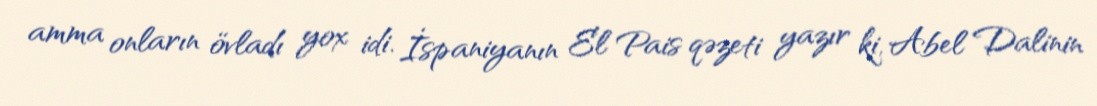
amma onların övladı yox idi. İspaniyanın El Pais qəzeti yazır ki, Abel Dalinin